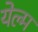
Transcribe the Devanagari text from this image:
येल्म